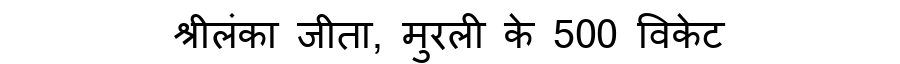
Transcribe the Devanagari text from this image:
श्रीलंका जीता, मुरली के 500 विकेट